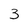
Character: 3